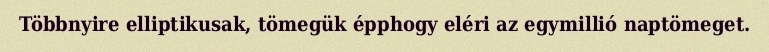
Többnyire elliptikusak, tömegük épphogy eléri az egymillió naptömeget.